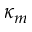
\kappa _ { m }